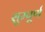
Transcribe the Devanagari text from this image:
सुम्पूर्ण